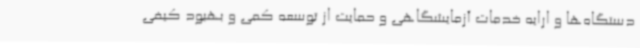
دستگاه‌ها و ارایه خدمات آزمایشگاهی و حمایت از توسعه کمی و بهبود کیفی